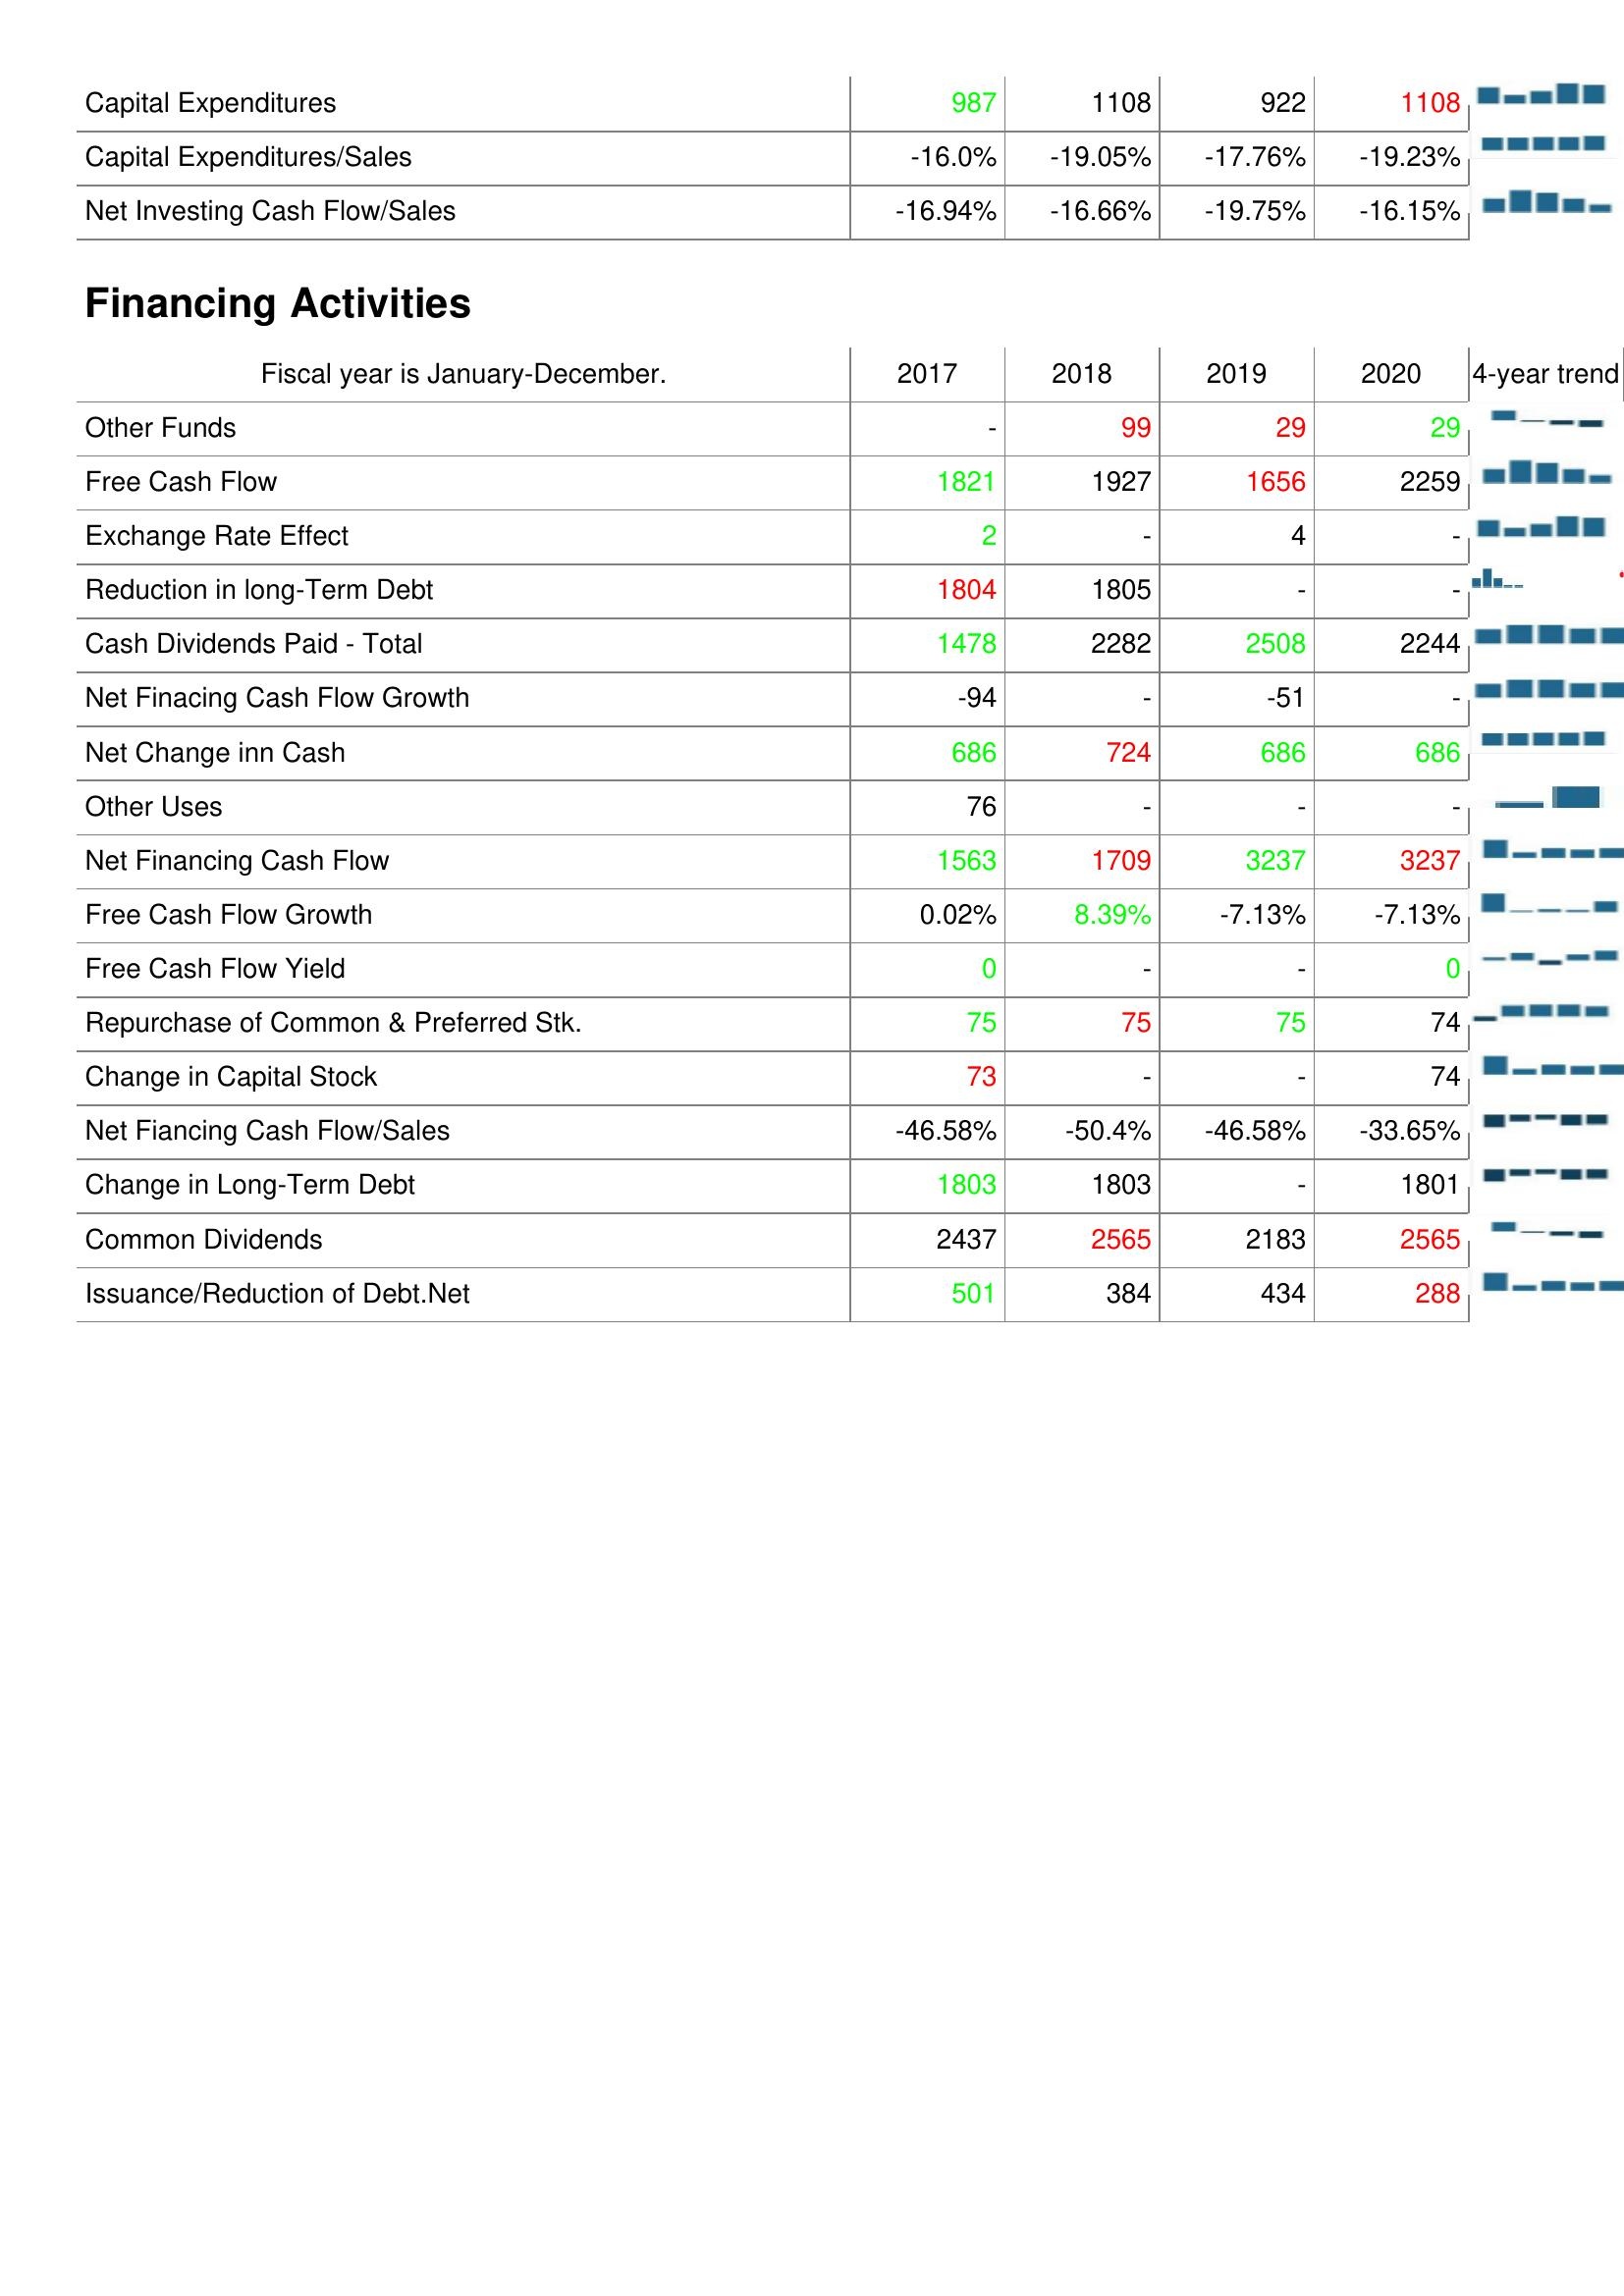
2017: Investing Activities: Capital Expenditures: 987
Capital Expenditures/Sales: -16.0%
Net Investing Cash Flow/Sales: -16.94%
Financing Activities: Other Funds: -
Free Cash Flow: 1821
Exchange Rate Effect: 2
Reduction in long-Term Debt: 1804
Cash Dividends Paid - Total: 1478
Net Finacing Cash Flow Growth: -94
Net Change inn Cash: 686
Other Uses: 76
Net Financing Cash Flow: 1563
Free Cash Flow Growth: 0.02%
Free Cash Flow Yield: 0
Repurchase of Common & Preferred Stk.: 75
Change in Capital Stock: 73
Net Fiancing Cash Flow/Sales: -46.58%
Change in Long-Term Debt: 1803
Common Dividends: 2437
Issuance/Reduction of Debt.Net: 501
2018: Investing Activities: Capital Expenditures: 1108
Capital Expenditures/Sales: -19.05%
Net Investing Cash Flow/Sales: -16.66%
Financing Activities: Other Funds: 99
Free Cash Flow: 1927
Exchange Rate Effect: -
Reduction in long-Term Debt: 1805
Cash Dividends Paid - Total: 2282
Net Finacing Cash Flow Growth: -
Net Change inn Cash: 724
Other Uses: -
Net Financing Cash Flow: 1709
Free Cash Flow Growth: 8.39%
Free Cash Flow Yield: -
Repurchase of Common & Preferred Stk.: 75
Change in Capital Stock: -
Net Fiancing Cash Flow/Sales: -50.4%
Change in Long-Term Debt: 1803
Common Dividends: 2565
Issuance/Reduction of Debt.Net: 384
2019: Investing Activities: Capital Expenditures: 922
Capital Expenditures/Sales: -17.76%
Net Investing Cash Flow/Sales: -19.75%
Financing Activities: Other Funds: 29
Free Cash Flow: 1656
Exchange Rate Effect: 4
Reduction in long-Term Debt: -
Cash Dividends Paid - Total: 2508
Net Finacing Cash Flow Growth: -51
Net Change inn Cash: 686
Other Uses: -
Net Financing Cash Flow: 3237
Free Cash Flow Growth: -7.13%
Free Cash Flow Yield: -
Repurchase of Common & Preferred Stk.: 75
Change in Capital Stock: -
Net Fiancing Cash Flow/Sales: -46.58%
Change in Long-Term Debt: -
Common Dividends: 2183
Issuance/Reduction of Debt.Net: 434
2020: Investing Activities: Capital Expenditures: 1108
Capital Expenditures/Sales: -19.23%
Net Investing Cash Flow/Sales: -16.15%
Financing Activities: Other Funds: 29
Free Cash Flow: 2259
Exchange Rate Effect: -
Reduction in long-Term Debt: -
Cash Dividends Paid - Total: 2244
Net Finacing Cash Flow Growth: -
Net Change inn Cash: 686
Other Uses: -
Net Financing Cash Flow: 3237
Free Cash Flow Growth: -7.13%
Free Cash Flow Yield: 0
Repurchase of Common & Preferred Stk.: 74
Change in Capital Stock: 74
Net Fiancing Cash Flow/Sales: -33.65%
Change in Long-Term Debt: 1801
Common Dividends: 2565
Issuance/Reduction of Debt.Net: 288